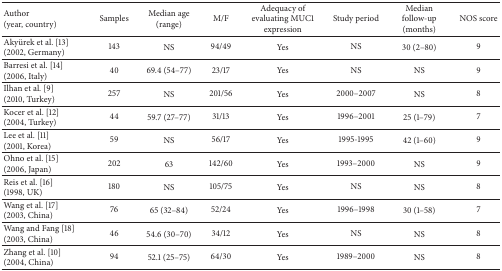
<table><thead><tr><td><b>Author(year, country)</b></td><td><b>Samples</b></td><td><b>Median age (range)</b></td><td><b>M/F</b></td><td><b>Adequacy of evaluating MUC1 expression </b></td><td><b>Study period</b></td><td><b>Median follow-up (months)</b></td><td><b>NOS score</b></td></tr></thead><tbody><tr><td>Akyürek et al. [13](2002, Germany)</td><td>143</td><td>NS</td><td>94/49</td><td>Yes</td><td>NS</td><td>30 (2–80)</td><td>9</td></tr><tr><td>Barresi et al. [14](2006, Italy)</td><td>40</td><td>69.4 (54–77)</td><td>23/17</td><td>Yes </td><td>NS</td><td>NS</td><td>9</td></tr><tr><td>Ilhan et al. [9](2010, Turkey)</td><td>257</td><td>NS</td><td>201/56</td><td>Yes</td><td>2000–2007</td><td>NS</td><td>8</td></tr><tr><td>Kocer et al. [12](2004, Turkey)</td><td>44</td><td>59.7 (27–77)</td><td>31/13</td><td>Yes </td><td>1996–2001</td><td>25 (1–79)</td><td>7</td></tr><tr><td>Lee et al. [11](2001, Korea)</td><td>59</td><td>NS</td><td>56/17</td><td>Yes </td><td>1995-1995</td><td>42 (1–60)</td><td>9</td></tr><tr><td>Ohno et al. [15](2006, Japan)</td><td>202</td><td>63</td><td>142/60</td><td>Yes</td><td>1993–2000</td><td>NS</td><td>9</td></tr><tr><td>Reis et al. [16](1998, UK)</td><td>180</td><td>NS</td><td>105/75</td><td>Yes </td><td>NS</td><td>NS</td><td>8</td></tr><tr><td>Wang et al. [17](2003, China)</td><td>76</td><td>65 (32–84)</td><td>52/24</td><td>Yes </td><td>1996–1998</td><td>30 (1–58)</td><td>7</td></tr><tr><td>Wang and Fang [18](2003, China)</td><td>46</td><td>54.6 (30–70)</td><td>34/12</td><td>Yes </td><td>NS</td><td>NS</td><td>8</td></tr><tr><td>Zhang et al. [10](2004, China)</td><td>94</td><td>52.1 (25–75)</td><td>64/30</td><td>Yes </td><td>1989–2000</td><td>NS</td><td>8</td></tr></tbody></table>